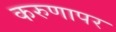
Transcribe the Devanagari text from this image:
करुणापर